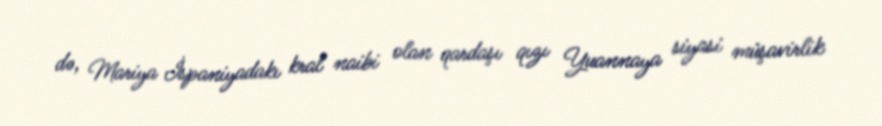
də, Mariya İspaniyadakı kral naibi olan qardaşı qızı Yuannaya siyasi müşavirlik